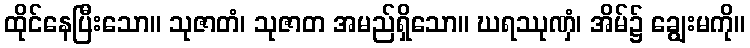
ထိုင်နေပြီးသော။ သုဇာတံ၊ သုဇာတ အမည်ရှိသော။ ဃရဿုဏှံ၊ အိမ်၌ ချွေးမကို။